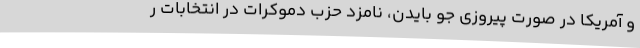
و آمریکا در صورت پیروزی جو بایدن، نامزد حزب دموکرات در انتخابات ر